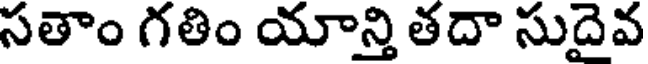
సతాం గతిం యాన్తి తదా సుదైవ